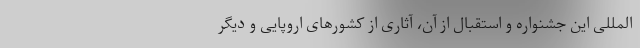
المللی این جشنواره و استقبال از آن، آثاری از کشورهای اروپایی و دیگر